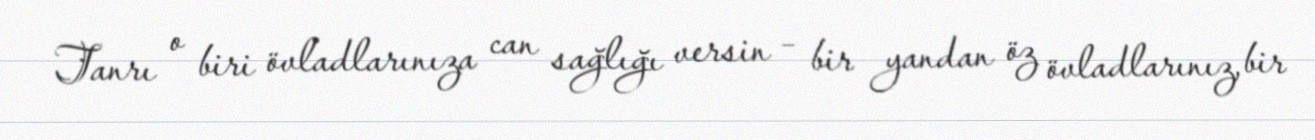
Tanrı o biri övladlarınıza can sağlığı versin – bir yandan öz övladlarınız, bir